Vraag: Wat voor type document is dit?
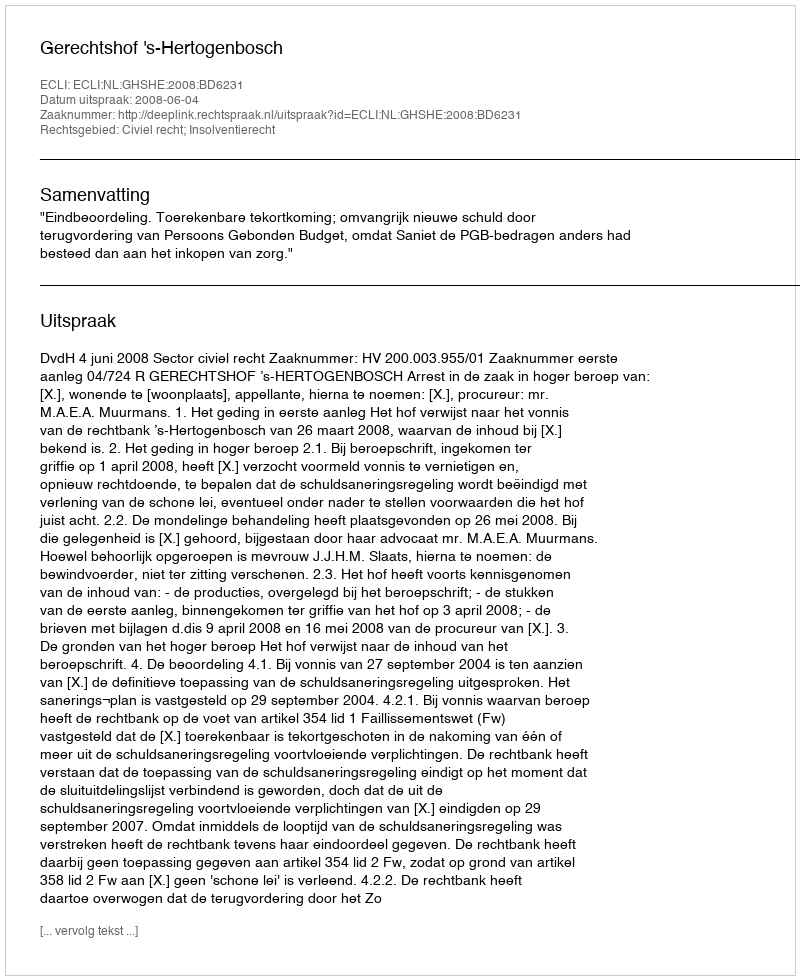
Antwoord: Uitspraak